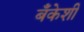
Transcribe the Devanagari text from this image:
बँकेशी